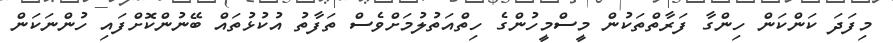
މިފަދަ ކަންކަން ހިންގާ ފަރާތްތަކުން މީސްމީހުންގެ ހިތްއަތުލުމަށްވެސް ތަފާތު އުކުޅުތައް ބޭނުންކޮށްފައި ހުންނަކަން